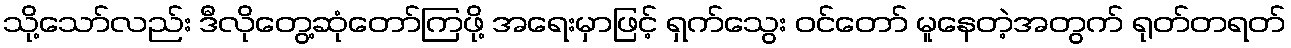
သို့သော်လည်း ဒီလိုတွေ့ဆုံတော်ကြဖို့ အရေးမှာဖြင့် ရှက်သွေး ဝင်တော် မူနေတဲ့အတွက် ရုတ်တရတ်